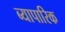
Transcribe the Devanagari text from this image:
ब्यापारिक